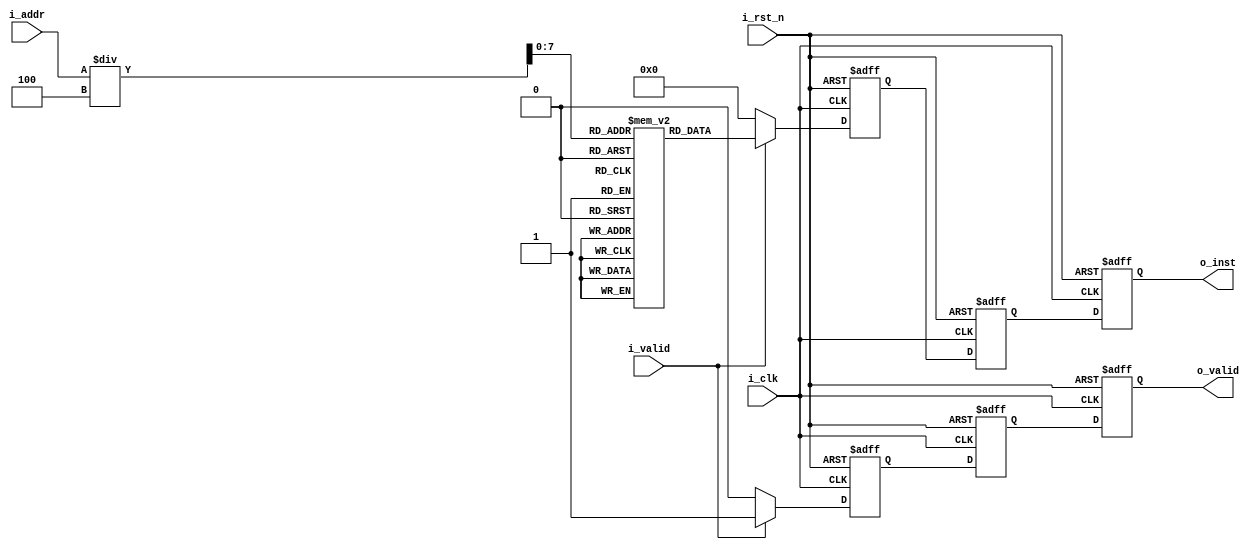
module instruction_memory #(
    parameter ADDR_W   = 64,
    parameter INST_W   = 32,
    parameter MAX_INST = 256
)(
    input               i_clk,
    input               i_rst_n,
    input               i_valid,
    input  [ADDR_W-1:0] i_addr,
    output              o_valid,
    output [INST_W-1:0] o_inst
);
 
    reg [INST_W-1:0] mem [0:MAX_INST-1];
    
    reg [INST_W-1:0] o_inst_r,  o_inst_w;
    reg              o_valid_r, o_valid_w;
    
    reg [INST_W-1:0] temp1_r, temp1_w;
    reg [INST_W-1:0] temp2_r, temp2_w;
    reg              temp1_valid_r, temp1_valid_w;
    reg              temp2_valid_r, temp2_valid_w;
    
    assign o_valid = o_valid_r;
    assign o_inst  = o_inst_r;
    
    // cycle 1
    always @(*) begin
        temp1_valid_w = (i_valid) ? 1 : 0;
        temp1_w       = (i_valid) ? mem[i_addr/4] : 0;
    end

    // cycle 2
    always @(*) begin
        temp2_valid_w = temp1_valid_r;
        temp2_w       = temp1_r;
    end

    // cycle 3
    always @(*) begin
        o_valid_w     = temp2_valid_r;
        o_inst_w      = temp2_r;
    end

    always @(posedge i_clk or negedge i_rst_n) begin
        if (~i_rst_n) begin
            o_valid_r     <= 0;
            o_inst_r      <= 0;
            temp1_r       <= 0;
            temp2_r       <= 0;
            temp1_valid_r <= 0;
            temp2_valid_r <= 0;
        end else begin
            o_valid_r     <= o_valid_w;
            o_inst_r      <= o_inst_w;
            temp1_r       <= temp1_w;
            temp2_r       <= temp2_w;
            temp1_valid_r <= temp1_valid_w;
            temp2_valid_r <= temp2_valid_w;
        end
    end

endmodule